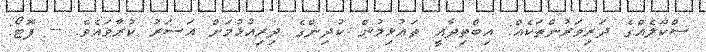
ސްކޫލެއްގެ ދަރިވަރުންތަކެއް: އިބްތިދާއީ ތަޢުޅިމުން ކުދިންގެ ދިރިއުޅުމަށް އަސަރު ކުރާވައެވެ. -- ފޮޓޯ: